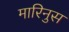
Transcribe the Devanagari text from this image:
मारिनुस